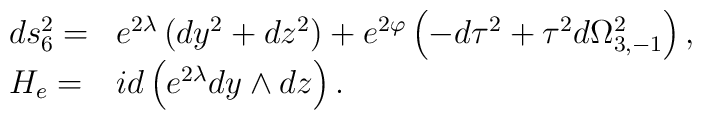
\begin{array}{ll} ds_6 ^2  =& e^{2\lambda}\left( dy^2 + dz^2\right) + e^{2\varphi} \left( - d\tau^2 + \tau^2 d\Omega_{3,-1} ^2 \right) ,\\H_e =& id\left( e^{2\lambda} dy \wedge dz\right) .\end{array}